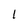
Character: l